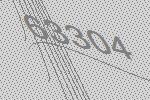
63304